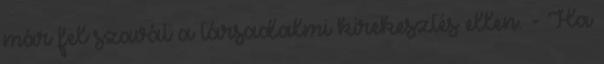
már fel szavát a társadalmi kirekesztés ellen. - Ha